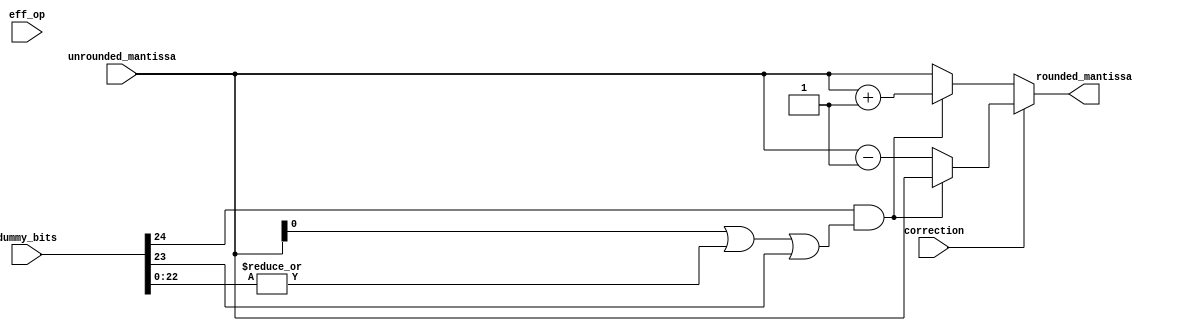
`timescale 1ns / 1ps
//////////////////////////////////////////////////////////////////////////////////
// Company: 	UPT
// 
// Design Name: 
// Module Name:    rounding 
// Project Name: 
// Target Devices: 
// Tool versions: 
// Description: A  B rounding
//
// Dependencies: 
//
// Revision: 
// Revision 0.01 - File Created
// Additional Comments: 
//
//////////////////////////////////////////////////////////////////////////////////

module rounding #(	parameter SIZE_MOST_S_MANTISSA = 24,
					parameter SIZE_LEAST_S_MANTISSA= 25)
				(	input [SIZE_MOST_S_MANTISSA - 1 : 0] unrounded_mantissa,
					input [SIZE_LEAST_S_MANTISSA- 1 : 0] dummy_bits,
					input correction,
					input eff_op,
					output[SIZE_MOST_S_MANTISSA - 1 : 0] rounded_mantissa);
		
	wire g,r, sticky, round_dec;
		
	assign g 		= dummy_bits[SIZE_LEAST_S_MANTISSA - 1];
	assign sticky 	= (|(dummy_bits[SIZE_LEAST_S_MANTISSA - 3 : 0]));
	assign round 	= dummy_bits[SIZE_LEAST_S_MANTISSA - 2];
		
	assign round_dec 		= (g & (unrounded_mantissa[0] | sticky | round));
	assign rounded_mantissa = (correction? (round_dec? unrounded_mantissa : unrounded_mantissa - 1'b1) : (round_dec? unrounded_mantissa + 1 : unrounded_mantissa));
	
endmodule